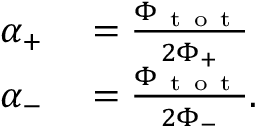
\begin{array} { r l } { \alpha _ { + } } & { { } = \frac { \Phi _ { \mathrm { ~ t ~ o ~ t ~ } } } { 2 \Phi _ { + } } } \\ { \alpha _ { - } } & { { } = \frac { \Phi _ { \mathrm { ~ t ~ o ~ t ~ } } } { 2 \Phi _ { - } } . } \end{array}